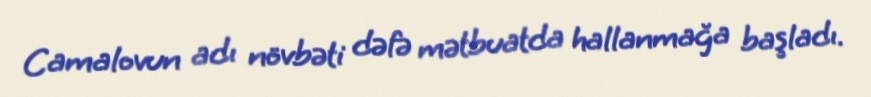
Camalovun adı növbəti dəfə mətbuatda hallanmağa başladı.